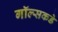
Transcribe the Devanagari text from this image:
गॉल्सकडे